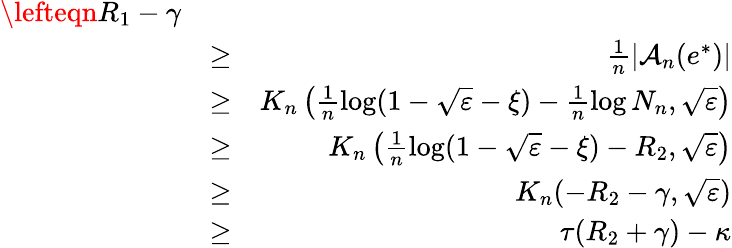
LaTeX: \begin{array}{rlr}{\lefteqn{R_{1}-\gamma}}\\ &{\ge}&{\frac{1}{n}|{\cal A}_{n}(e^{*})|}\\ &{\ge}&{K_{n}\left(\frac{1}{n}\log(1-\sqrt{\varepsilon}-\xi)-\frac{1}{n}\log N_{n},\sqrt{\varepsilon}\right)}\\ &{\ge}&{K_{n}\left(\frac{1}{n}\log(1-\sqrt{\varepsilon}-\xi)-R_{2},\sqrt{\varepsilon}\right)}\\ &{\ge}&{K_{n}(-R_{2}-\gamma,\sqrt{\varepsilon})}\\ &{\ge}&{\tau(R_{2}+\gamma)-\kappa}\end{array}